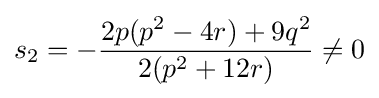
s_{2}=-{\frac {2p(p^{2}-4r)+9q^{2}}{2(p^{2}+12r)}}\neq 0